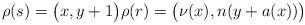
LaTeX: \begin{align*}\rho(s)=\big(x,y+1\big)\rho(r)=\big(\nu(x),n(y+a(x))\big)\end{align*}